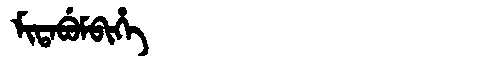
Manchu: ᠮᡳᡨᠠᠪᡠᠮᠪᡳᡥᡝ
Romanization: MITABUMBIHE